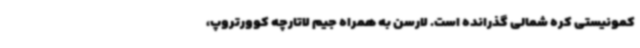
کمونیستی کره شمالی گذرانده است. لارسن به همراه جیم لاتارچه کوورتروپ،